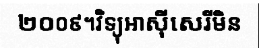
២០០៩។វិទ្យុអាស៊ីសេរីមិន